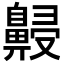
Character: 𪖧